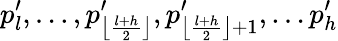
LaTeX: p_{l}^{\prime},\ldots,p_{\left\lfloor\frac{l+h}{2}\right\rfloor}^{\prime},p_{\left\lfloor\frac{l+h}{2}\right\rfloor+1}^{\prime},\ldots p_{h}^{\prime}